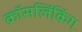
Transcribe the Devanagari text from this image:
क्रॉसलिंकिंग